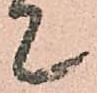
て